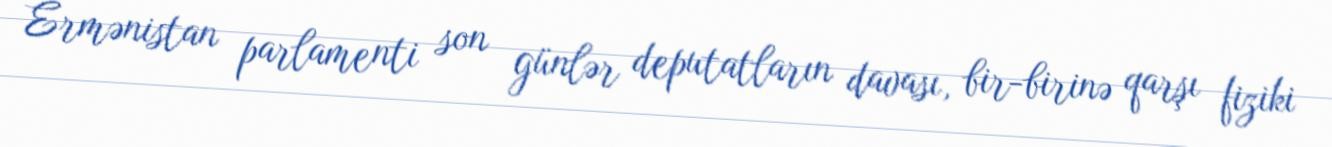
Ermənistan parlamenti son günlər deputatların davası, bir-birinə qarşı fiziki